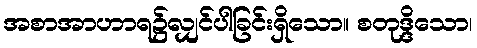
အစာအာဟာရ၌လျှင်ပါခြင်းရှိသော။ စတုဒ္ဒိသော၊